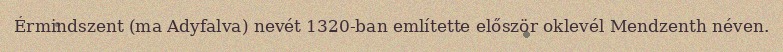
Érmindszent (ma Adyfalva) nevét 1320-ban említette először oklevél Mendzenth néven.